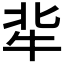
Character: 𤘿